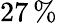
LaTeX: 27\, \%